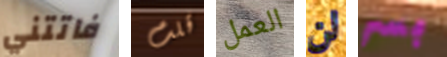
فاتتني قلت العمل لن بسر